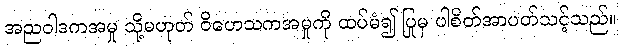
အညဝါဒကအမှု သို့မဟုတ် ဝိဟေသကအမှုကို ထပ်မံ၍ ပြုမှ ပါစိတ်အာပတ်သင့်သည်။